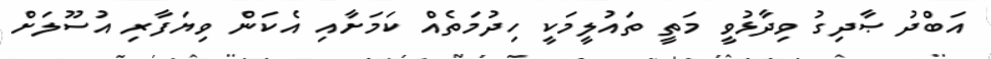
އަބްދު ޞާދިގު ވިދާޅުވީ މަތީ ތައުލީމަކީ ހިދުމަތެއް ކަމަށާއި އެކަން ވިޔަފާރި އުސޫލަށް